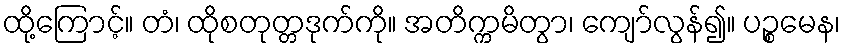
ထို့ကြောင့်။ တံ၊ ထိုစတုတ္တဒုက်ကို။ အတိက္ကမိတွာ၊ ကျော်လွန်၍။ ပဉ္စမေန၊